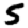
Digit: 5